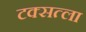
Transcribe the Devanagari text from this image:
टक्सत्ला